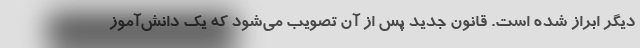
دیگر ابراز شده است. قانون جدید پس از آن تصویب می‌شود که یک دانش‌آموز